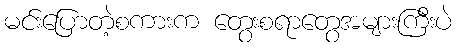
မင်းပြောတဲ့စကားက တွေးစရာတွေအများကြီးပဲ